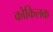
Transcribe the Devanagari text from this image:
कोकिलक